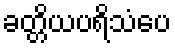
ခတ္တိယပရိသံပေ